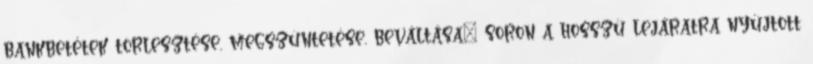
bankbetétek törlesztése, megszüntetése, beváltása” soron a hosszú lejáratra nyújtott